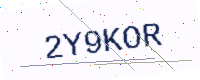
Text: 2Y9KOR